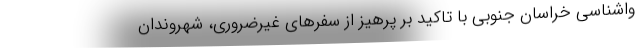
واشناسی خراسان جنوبی با تاکید بر پرهیز از سفرهای غیرضروری، شهروندان